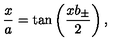
\frac { x } { a } = \tan \left( \frac { x b _ { \pm } } { 2 } \right) ,